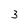
Character: 3